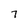
Character: 7